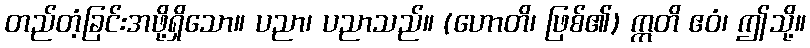
တည်တံ့ခြင်းအဖို့ရှိသော။ ပညာ၊ ပညာသည်။ (ဟောတိ၊ ဖြစ်၏) ဣတိ ဧဝံ၊ ဤသို့။